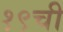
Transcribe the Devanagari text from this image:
१९ची